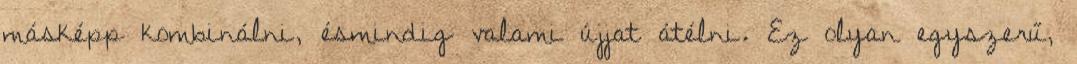
másképp kombinálni, ésmindig valami újjat átélni. Ez olyan egyszerű,